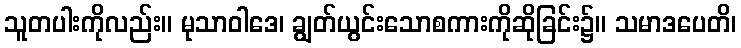
သူတပါးကိုလည်း။ မုသာဝါဒေ၊ ချွတ်ယွင်းသောစကားကိုဆိုခြင်း၌။ သမာဒပေတိ၊